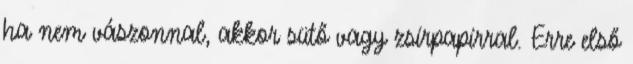
ha nem vászonnal, akkor sütő vagy zsírpapírral. Erre első